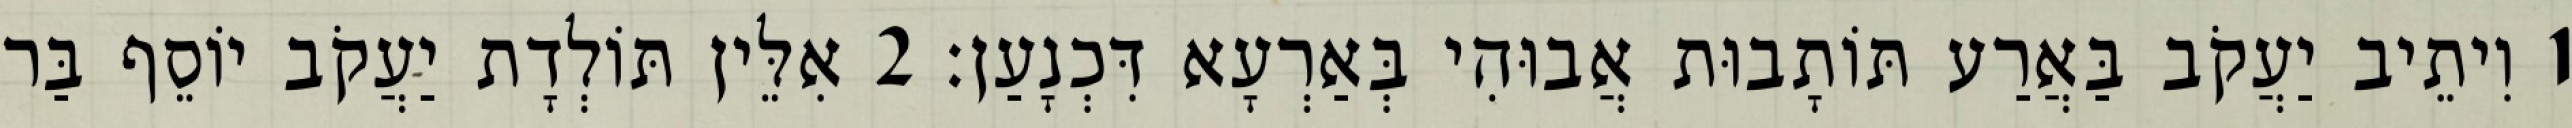
1 וִיתֵיב יַעֲקֹב בַּאֲרַע תּוֹתָבוּת אֲבוּהִי בְּאַרְעָא דִּכְנָעַן׃ 2 אִלֵּין תּוֹלְדָת יַעֲקֹב יוֹסֵף בַּר